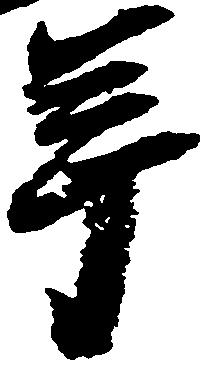
年